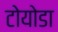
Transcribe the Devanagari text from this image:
टोयोडा